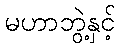
မဟာဘွဲ့နှင့်